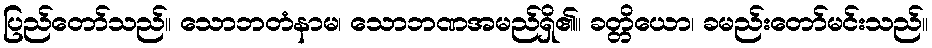
ပြည်တော်သည်။ သောဘတံနာမ၊ သောဘဏအမည်ရှိ၏။ ခတ္တိယော၊ ခမည်းတော်မင်းသည်။